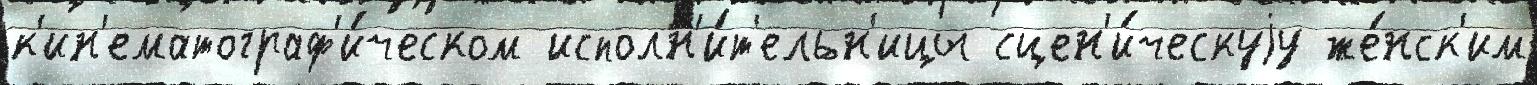
к'ин'ематограф'и́ческом исполн'и́т'ельн'ицы сцен'и́ческуjу же́нск'им